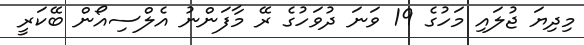
މިދިޔަ ޖުލައި މަހުގެ 19 ވަނަ ދުވަހުގެ ރޭ މާފަންނު އެލްސިއޯން ބޭކަރީ